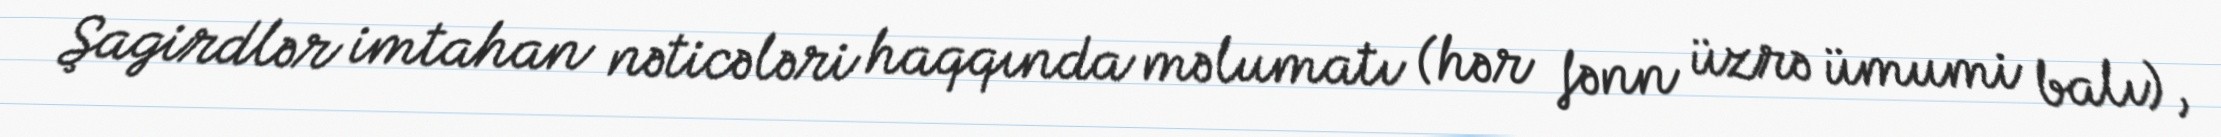
Şagirdlər imtahan nəticələri haqqında məlumatı (hər fənn üzrə ümumi balı),